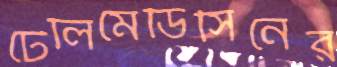
টেলিমেডিসিনের